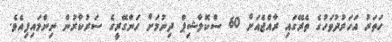
ހަތަރު އަހަރުދުވަހުގެ ތެރޭގައި ރާއްޖެއަށް 60 ސްކޮލާޝިޕް ދިނުމަށް ހަންގޭރީގެ ސަރުކާރުން ނިންމައިފިއެވެ.